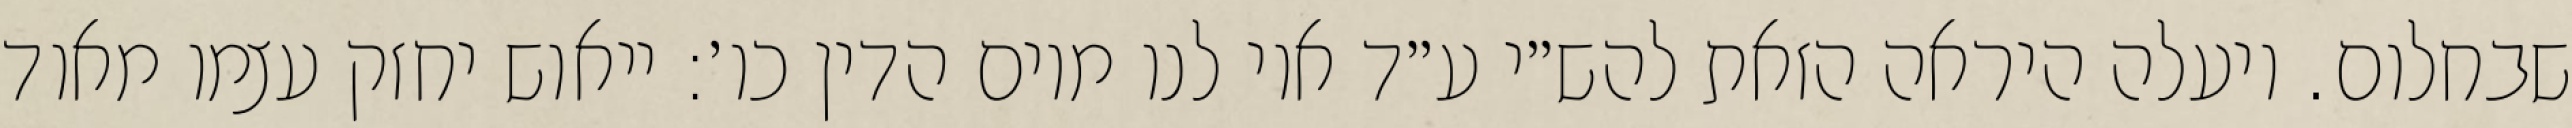
שבחלום. ויעלה היראה הזאת להש״י ע״ד אוי לנו מיום הדין כו׳: ייאוש יחזק עצמו מאוד